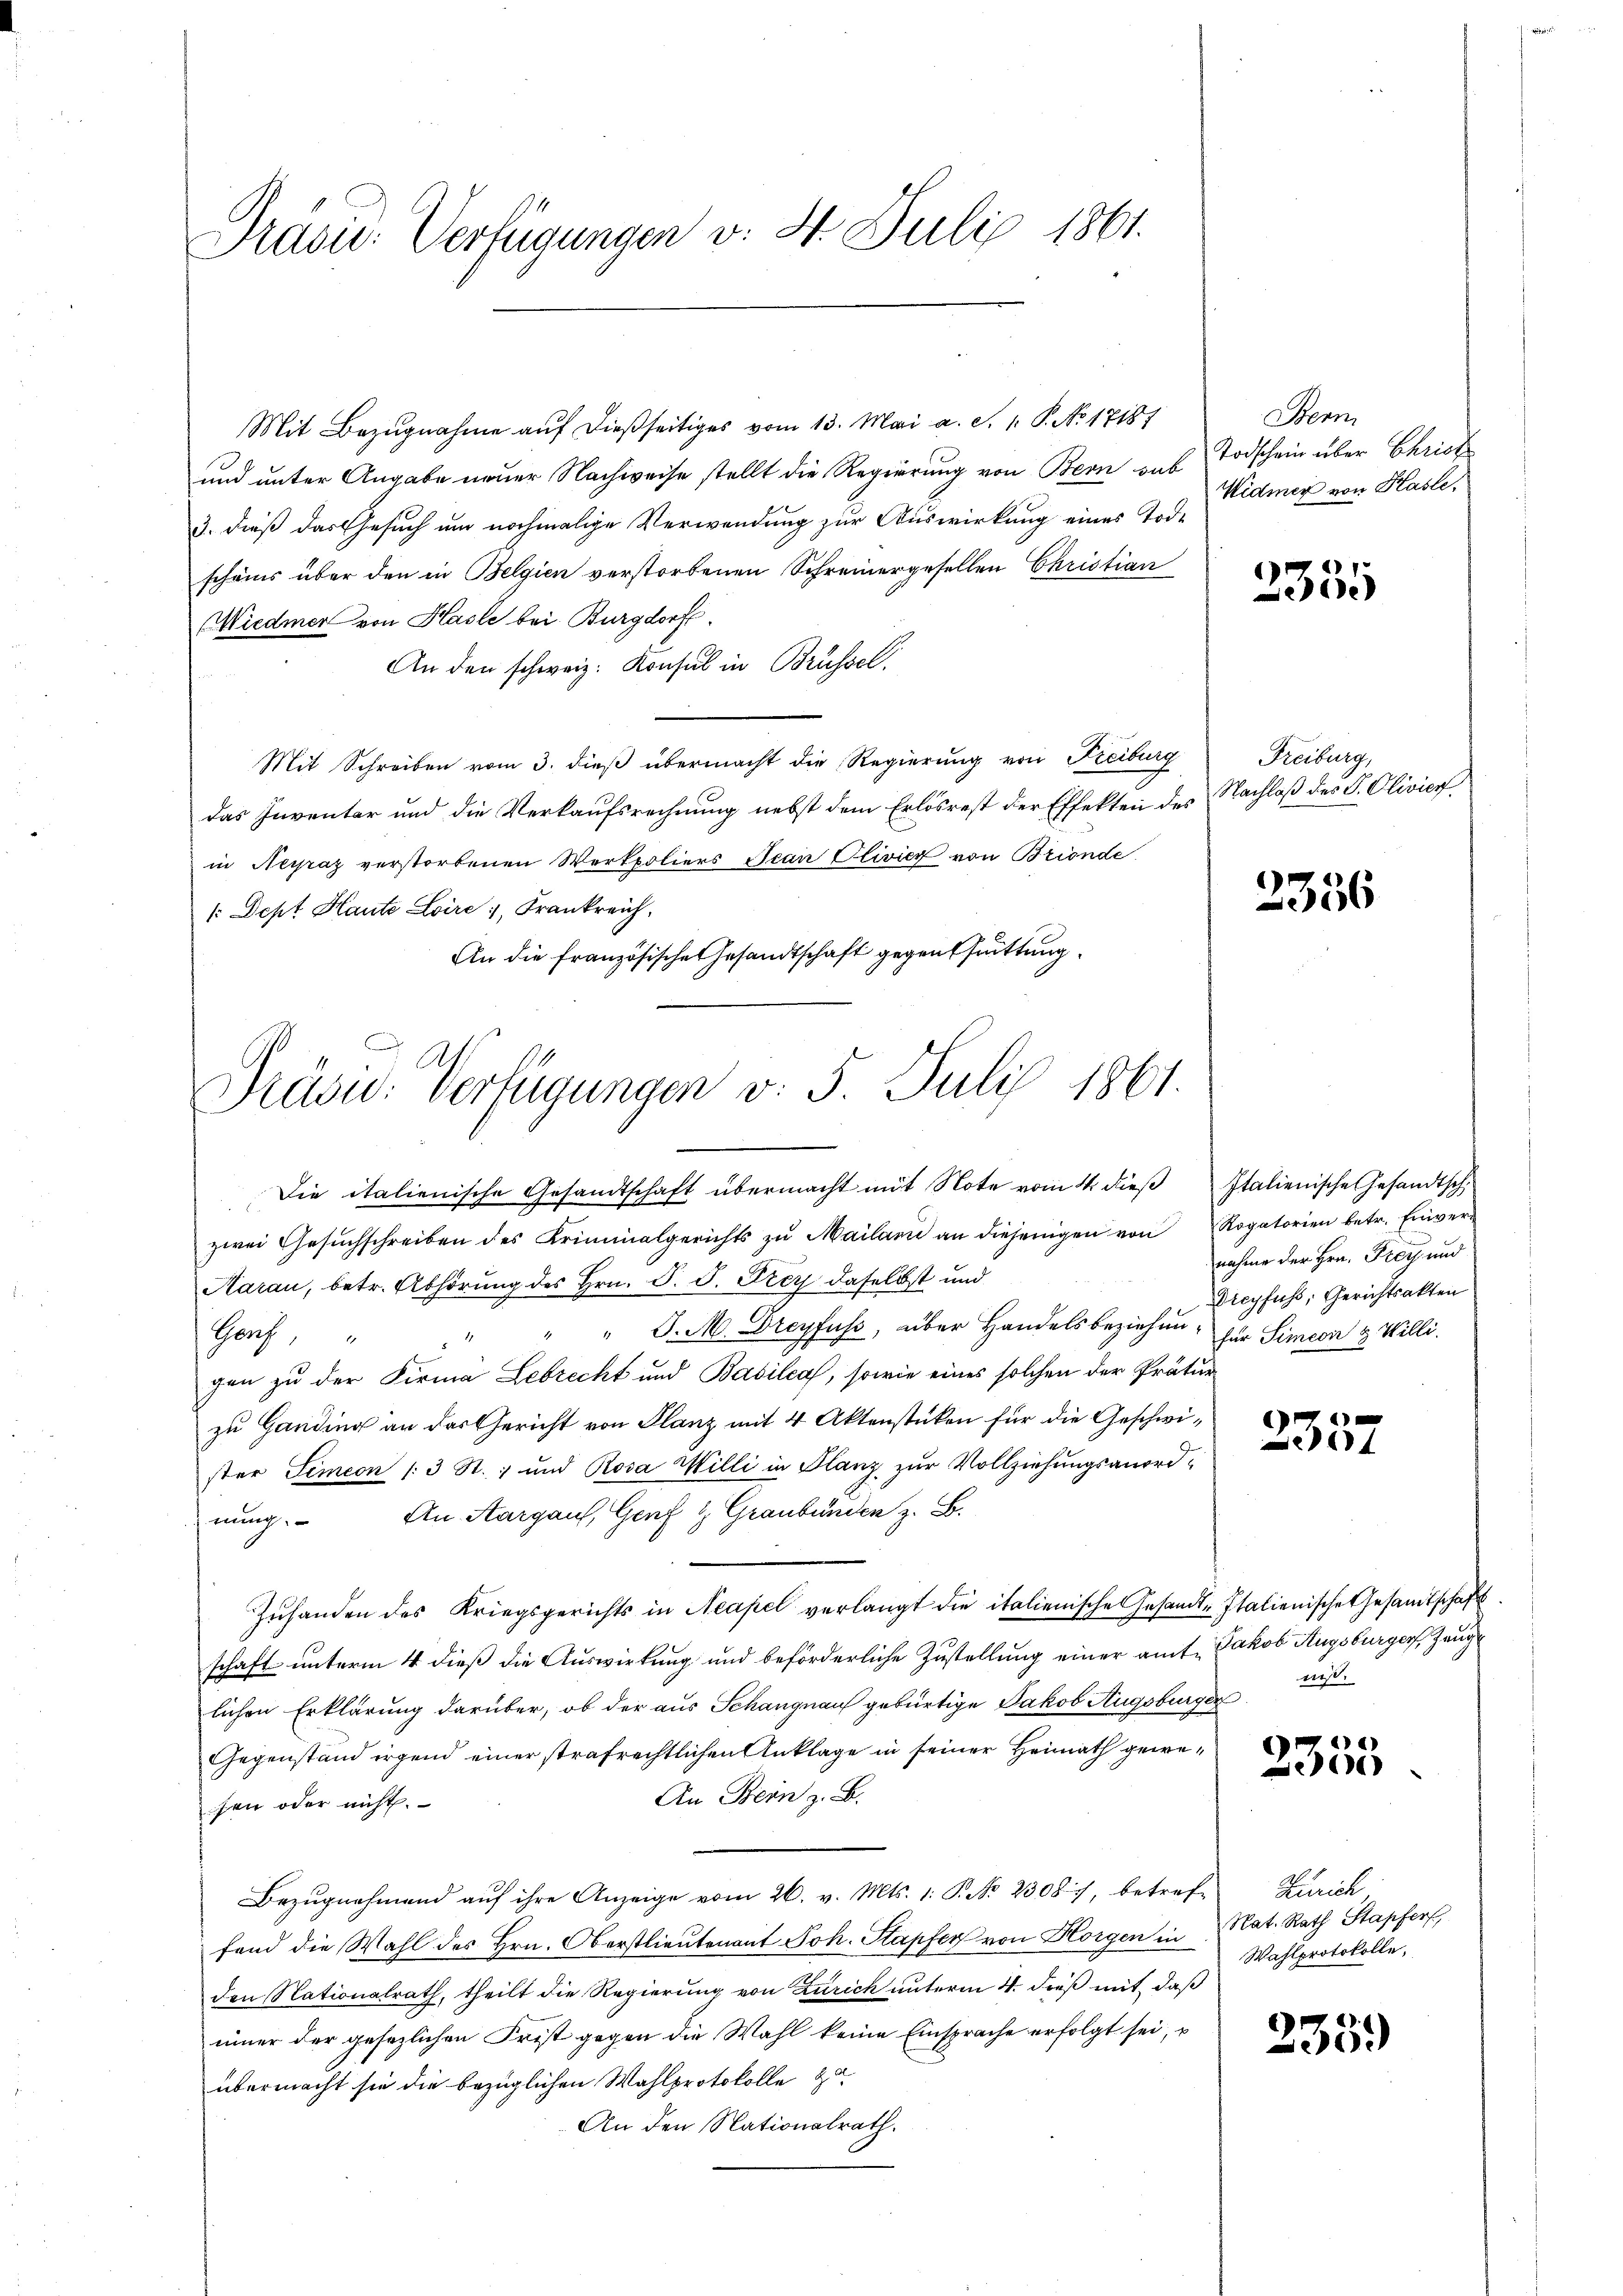
Präsid. Verfügungen v. 4. Juli 1861.

Mit Bezugnahme auf dießseitiges vom 13. Mai a. S. 1. P. No 17187
und unter Angabe neuer Nachweise stellt die Regierung von Bern aus Todschein über Christe
3. dieß das Gesuch um nochmalige Verwendung zur Auswirkung eines Tode
schönes über den in Belgien verstorbenen Schreinergesellen Christian
Wiedmer von Hasle bei Burgdorf.
An den schweiz. Konsul in Brüssel,
Mit Schreiben vom 3. dieß übermacht die Regierung von Freiburg
das Inventar und die Verkaufsrechnung nebst dem Erlösrest der Effekten des
in Negraz verstorbenen Werkpoliers Jean Clivier von Brionde
1: Dept Haute Loire, Frankreich,
An die französische Gesandtschaft gegentfrüttung

Präsid. Verfügungen v. 5. Juli 1861.
Die italienische Gesandtschaft übermacht mit Note vom 4. dieβ Italienische Gesandtsch,

zwei Gesŭchschreiben des Kriminalgerichts zŭ Mailan an diejenigen von Rogatorien betr. Einver¬
Aarau, betr. Abhörung des Hrn. F. J. Frey daselbst und
" J. M. Dreyfuss, über Handelsbeziehung für Simeon & Willi
Genf,
gen zu der Firma Lebrecht und Basilia, sowie eines solchen der Prätur
zu Handing an das Gericht von Planz mit 4 Aktenstücken für die Geschwister Simeon /: 3 St. ; und Rosa Willi in Glanz zur Vollziehungsanordnung. An Aargaus, Genf 1, Graubünden z. B.
Zŭhanden des Kriegsgerichts in Neapel verlangt die italienische Gesandt-Italienische Gesamtschaft.
schaft unterm 4 dieß die Auswirkung und beförderliche Zustellung einer amt Jakob Augsburger, Zeuglichen Erklärung darüber, ob der aus Schangnauf gebürtige Jakob Augsburger wiß
Gegenstand irgend einer strafrechtlichen Anklage in seiner Heimath gewe¬
An Dein z. B.
sen oder nicht.
Bezugnahmend auf ihre Anzeige vom 26. v. Mts. 1. P. No. 2308. 7, betreffand die Wahl des Hrn. Oberstlieutenant Joh. Stapfer von Horgen in Nat. Rath Stapfer
den Nationalrath, theilt die Regierung von Zürich unterm 4. dieß mit, daß
iimer der gesezlichen Frist gegen die Wahl keine Einsprache erfolgt sei,
übermacht sie die bezüglichen Wahlprotokolle zu
An den Nationalrath.

Bern
Widmer von Hasle,

2355

Freiburg,
Nachlaß des P. Olivierf

2356

nahme der Hrn. Frey und
Dieyfuss, Gerichtsakten

d
)
e

e
e

Zürich
Wahlprotokolle.

235.